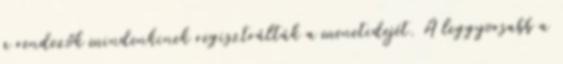
a rendezők mindenkinek regisztrálták a menetidejét. A leggyorsabb a